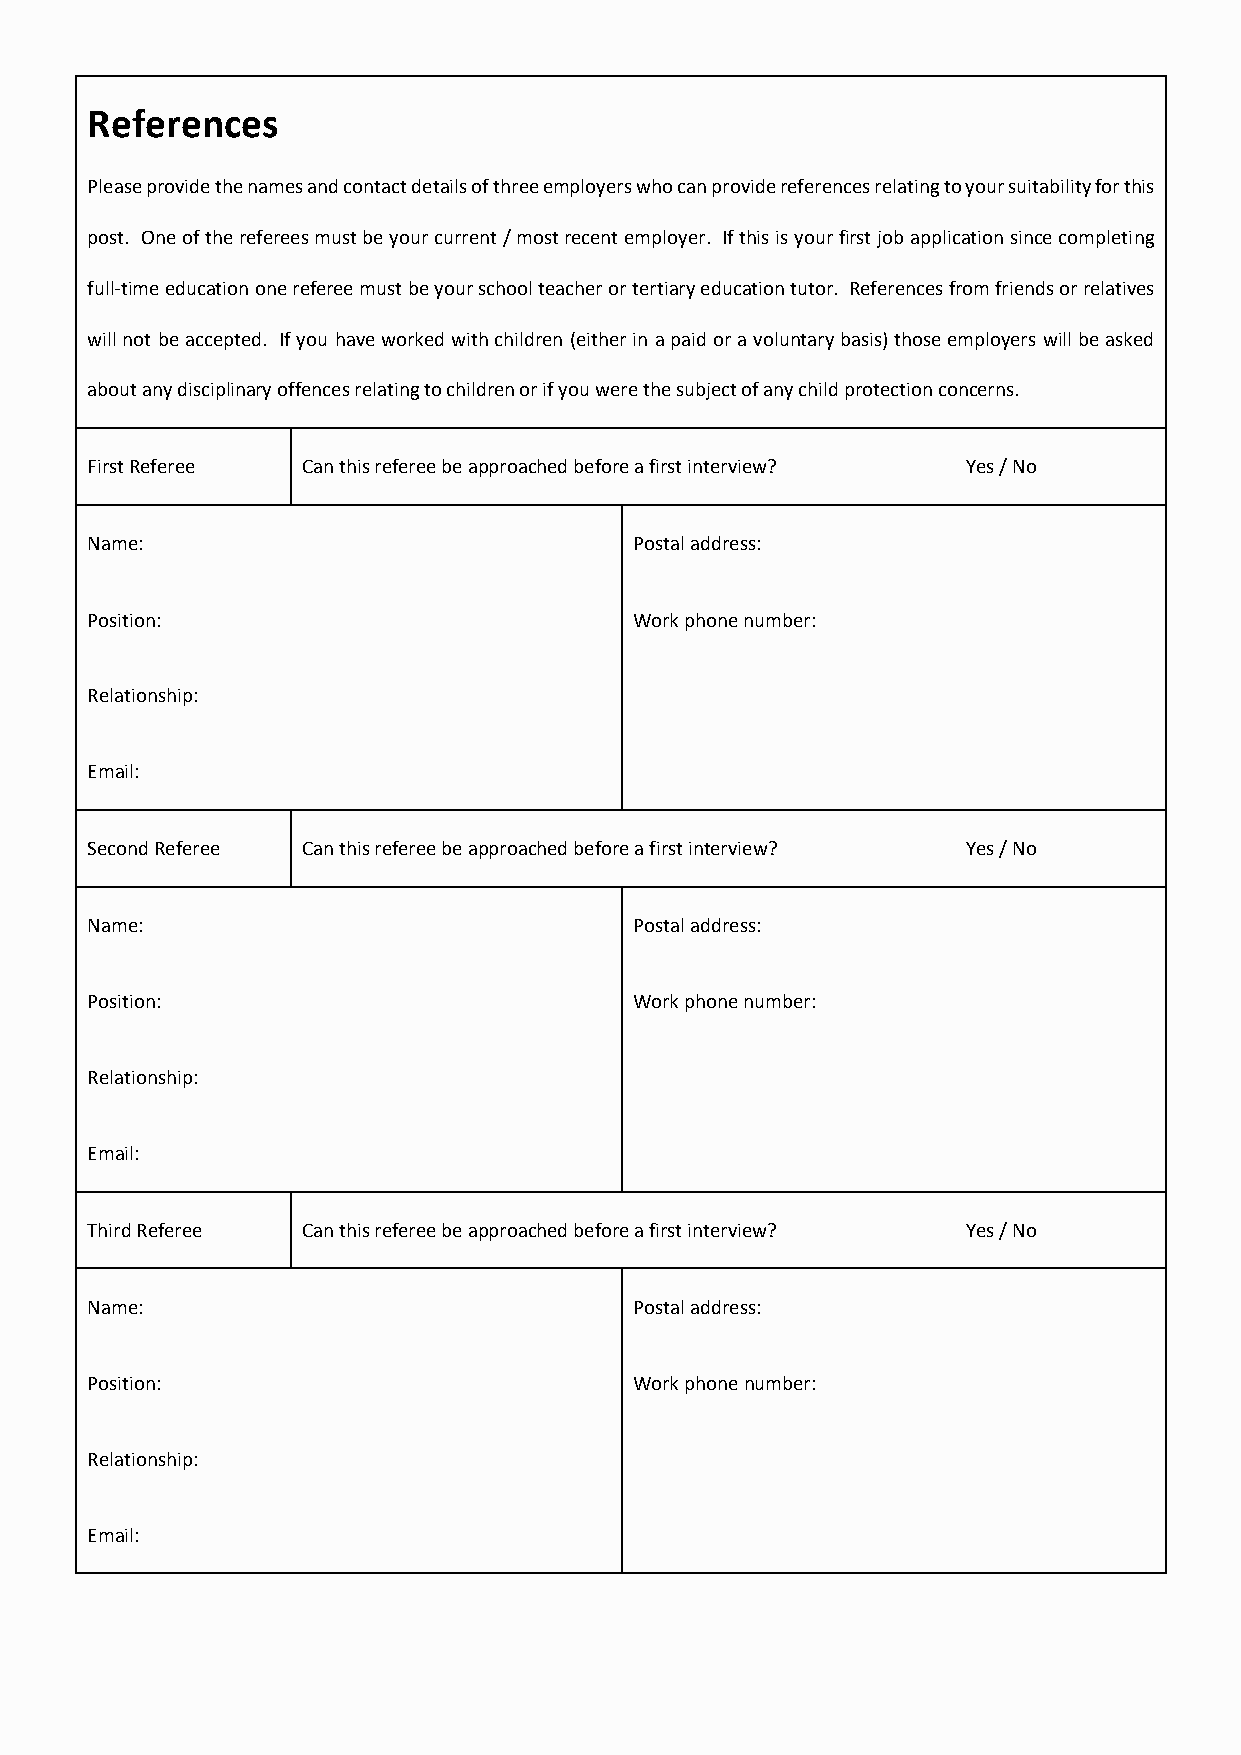
References
 Please provide the names and contact details of three employers who can provide references relating to your suitability for this
 post. One of the referees must be your current / most recent employer. If this is your first job application since completing
 full-time education one referee must be your school teacher or tertiary education tutor. References from friends or relatives
 will not be accepted. If you have worked with children (either in a paid or a voluntary basis) those employers will be asked
 about any disciplinary offences relating to children or if you were the subject of any child protection concerns.
 First Referee Can this referee be approached before a first interview? Yes / No
 Name:                               Postal address:
 Position:                           Work phone number:
 Relationship:
 Email:
 Second Referee Can this referee be approached before a first interview? Yes / No
 Name:                               Postal address:
 Position:                           Work phone number:
 Relationship:
 Email:
 Third Referee Can this referee be approached before a first interview? Yes / No
 Name:                               Postal address:
 Position:                           Work phone number:
 Relationship:
 Email: